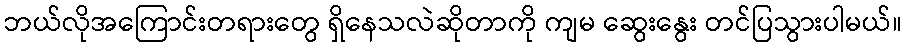
ဘယ်လိုအကြောင်းတရားတွေ ရှိနေသလဲဆိုတာကို ကျမ ဆွေးနွေး တင်ပြသွားပါမယ်။